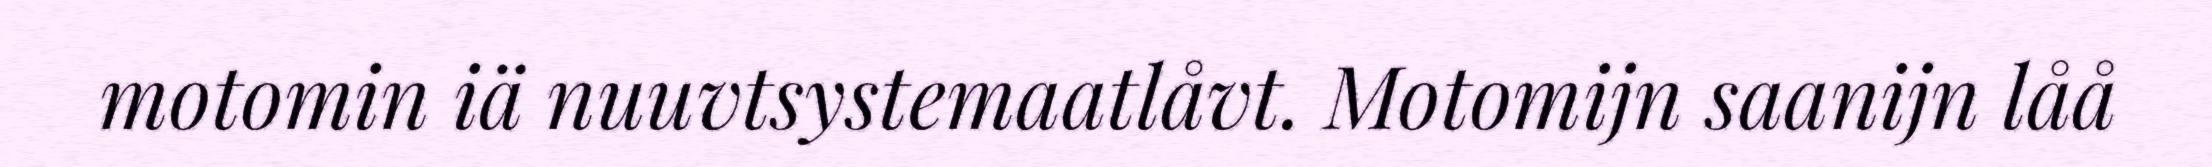
motomin iä nuuvtsystemaatlåvt. Motomijn saanijn låå